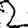
Digit: 2